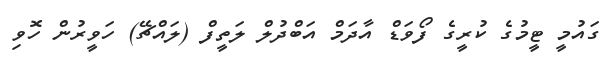
ގައުމީ ޓީމުގެ ކުރީގެ ފޯވަޑް އާދަމް އަބްދުލް ލަތީފް (ލައްޗޭ) ހަވީރުން ހޮވި